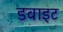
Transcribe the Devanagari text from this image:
डवाइट